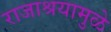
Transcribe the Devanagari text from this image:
राजाश्रयामुळे